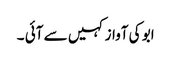
ابو کی آواز کہیں سے آئی ۔